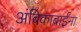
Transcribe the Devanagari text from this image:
अंबिकाबाईंना